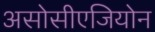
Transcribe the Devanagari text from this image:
असोसीएजियोन